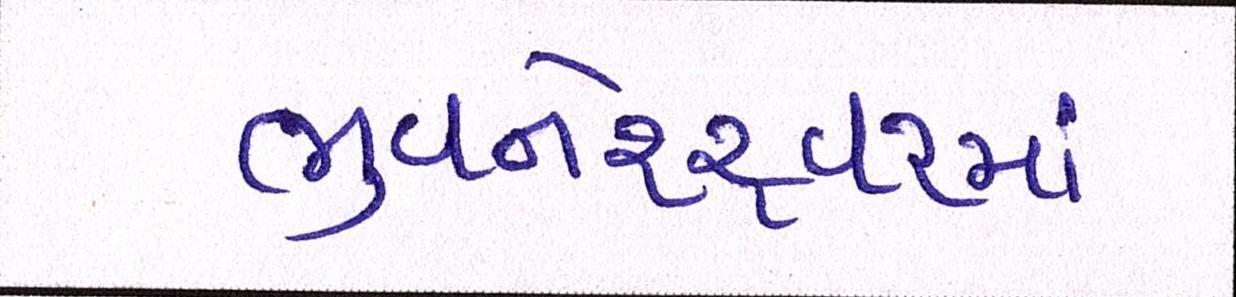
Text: ભુવનેશ્ર્વરમાં